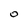
Character: o